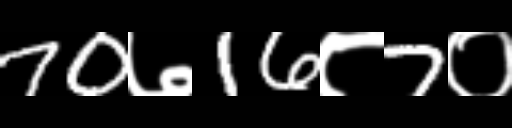
Text: 70७16८7०